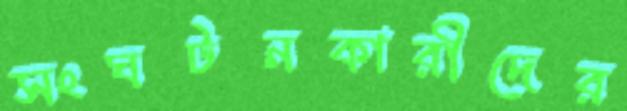
সংঘটনকারীদের